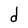
Character: d